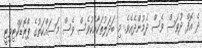
ދެ އޮފް ދުވަސް ވެސް ދެމުންދެއެވެ. މި ބަދަލުތަކާއެކުވެސް ވެސް މަސައްކަތުގެ ޕްރޮޑަކްޓިވިޓީ